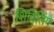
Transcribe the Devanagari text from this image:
शिविलिंग